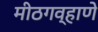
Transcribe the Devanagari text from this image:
मीठगव्हाणे